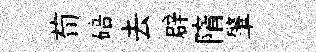
荀碚去辟隋肇